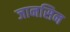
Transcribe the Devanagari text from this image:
जानसिन